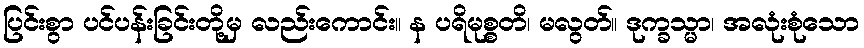
ပြင်းစွာ ပင်ပန်းခြင်းတို့မှ လည်းကောင်း။ န ပရိမုစ္စတိ၊ မလွတ်။ ဒုက္ခသ္မာ၊ အလုံးစုံသော